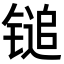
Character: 𬭨